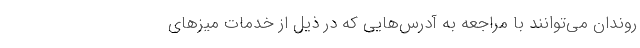
روندان می‌توانند با مراجعه به آدرس‌هایی که در ذیل از خدمات میزهای